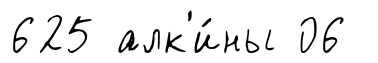
625 алк'и́ны 06